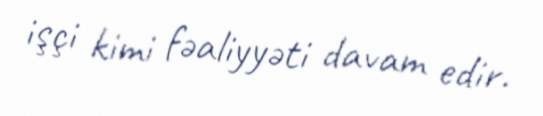
işçi kimi fəaliyyəti davam edir.